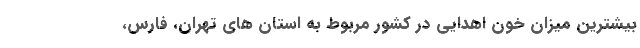
بیشترین میزان خون اهدایی در کشور مربوط به استان های تهران، فارس،